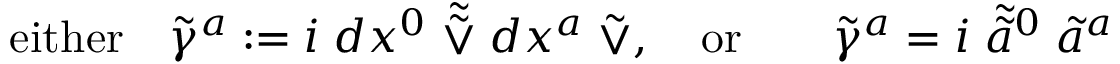
\mathrm { e i t h e r } \quad \tilde { \gamma } ^ { a } : = i \; d x ^ { 0 } \; \tilde { \tilde { \vee } } \; d x ^ { a } \; \tilde { \vee } , \quad \mathrm { o r } \qquad \tilde { \gamma } ^ { a } = i \; \tilde { \tilde { a } } { } ^ { 0 } \; \tilde { a } ^ { a }